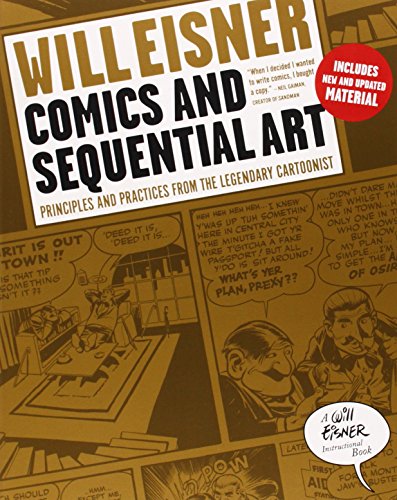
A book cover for Comics and Sequential Art: Principles and Practices from the Legendary Cartoonist (Will Eisner Instructional Books); Will Eisner; Comics & Graphic Novels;